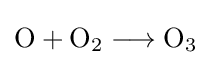
{\mathrm {O} {}+{}\mathrm {O} {\vphantom {A}}_{\smash[{t}]{2}}{}\mathrel {\longrightarrow } {}\mathrm {O} {\vphantom {A}}_{\smash[{t}]{3}}}